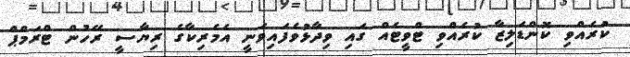
ކުރެއްވި ކޮންޑަލިޒާ ކުރެއްވި ޓްވީޓެއް ގައި ވިދާޅުވެފައިވަނީ އެމެރިކާގެ ރިޔާސީ ރޭހުން ޓްރަމްޕް